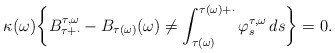
\begin{align*} \kappa(\omega)\bigg\{B^{\tau,\omega}_{\tau+\cdot}-B_{\tau(\omega)}(\omega)\neq \int_{\tau(\omega)}^{\tau(\omega)+\cdot} \varphi^{\tau,\omega}_s \,ds\bigg\} =0. \end{align*}